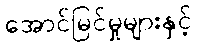
အောင်မြင်မှုများနှင့်